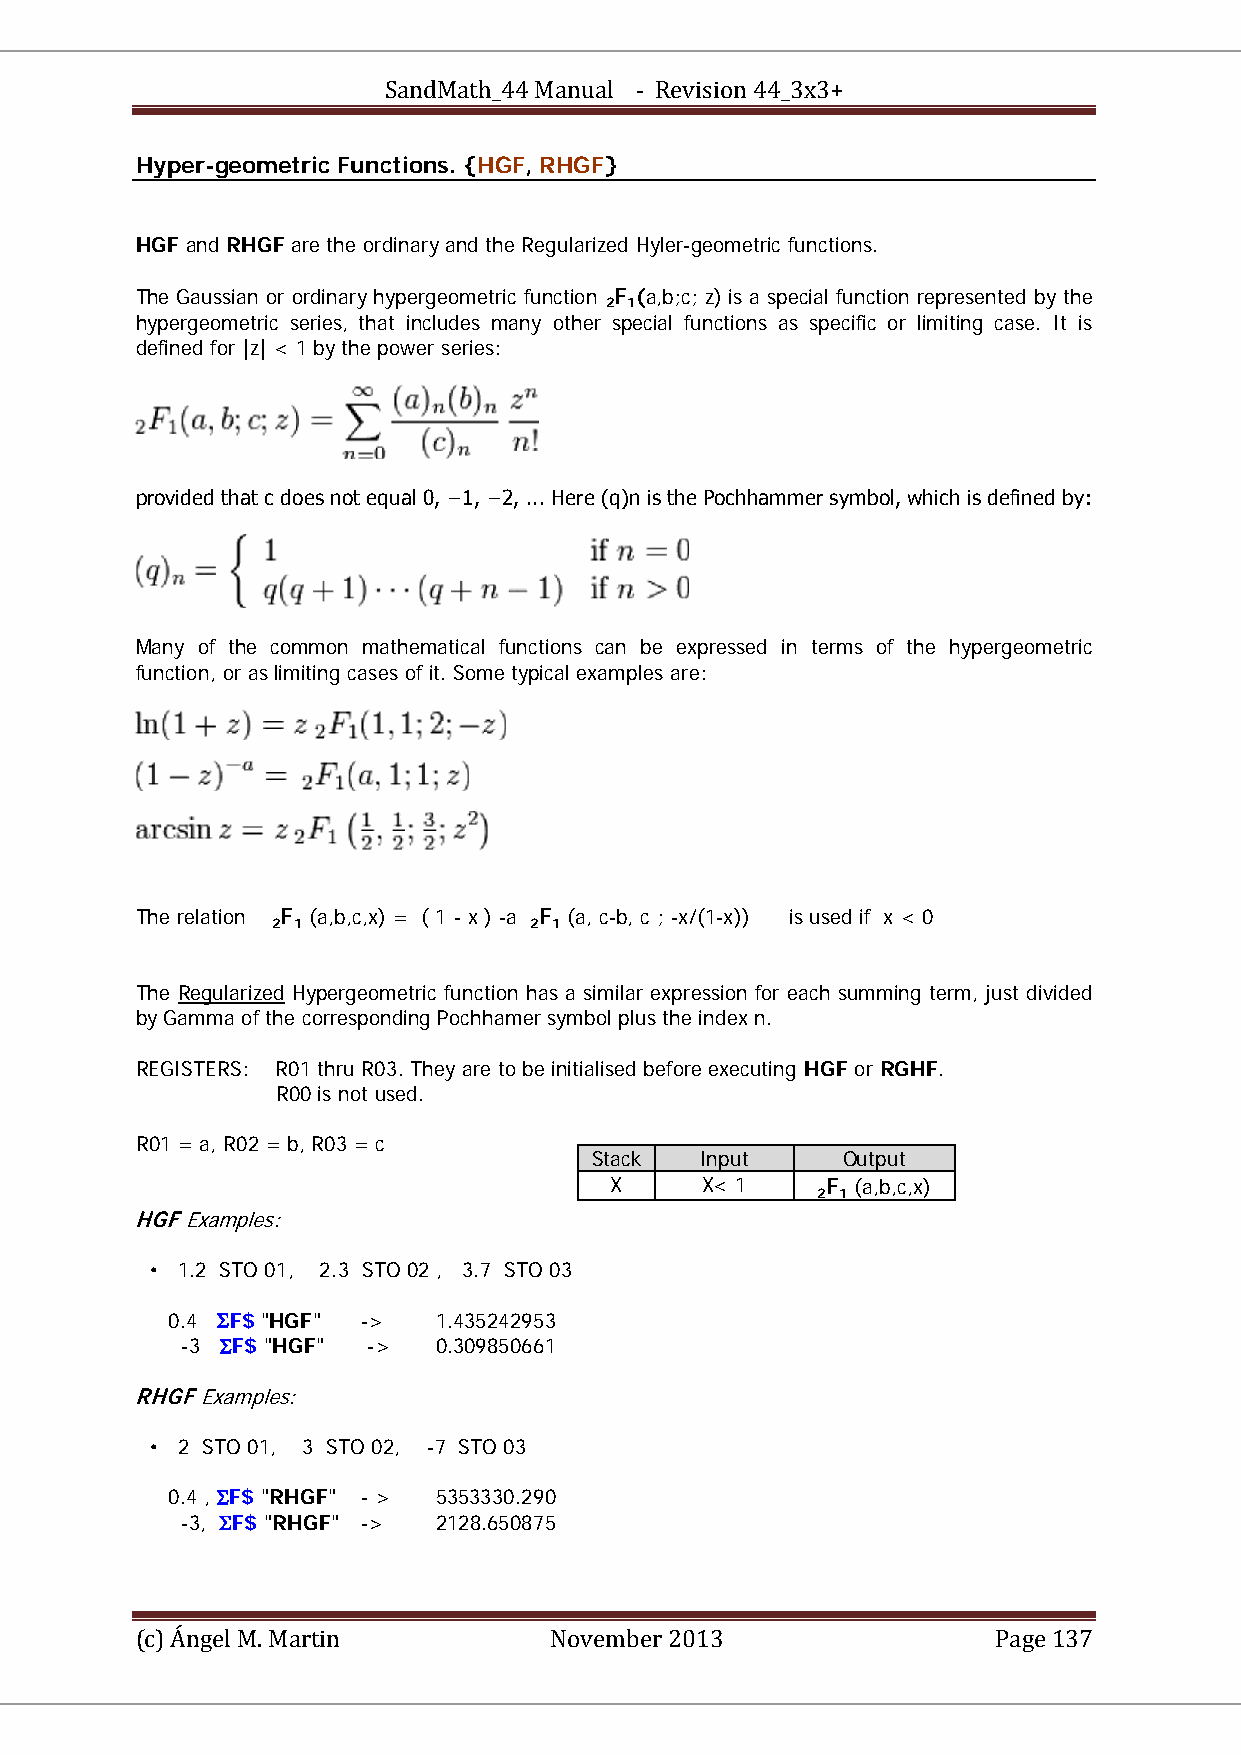
SandMath_44 Manual - Revision 44_3x3+
 Hyper-geometric Functions. {HGF, RHGF}
 HGF and RHGF are the ordinary and the Regularized Hyler-geometric functions.
 The Gaussian or ordinary hypergeometric function F (a,b;c; z) is a special function represented by the
 BB2BB BB1BB
 hypergeometric series, that includes many other special functions as specific or limiting case. It is
 defined for |z| < 1 by the power series:
 provided that c does not equal 0, −1, −2, ... Here (q)n is the Pochhammer symbol, which is defined by:
 Many of the common mathematical functions can be expressed in terms of the hypergeometric
 function, or as limiting cases of it. Some typical examples are:
 The relation F (a,b,c,x) = ( 1 - x ) -a F (a, c-b, c ; -x/(1-x)) is used if x < 0
 BB2BB BB1BB      BB2BB BB1BB
 The Regularized Hypergeometric function has a similar expression for each summing term, just divided
 U      U
 by Gamma of the corresponding Pochhamer symbol plus the index n.
 REGISTERS: R01 thru R03. They are to be initialised before executing HGF or RGHF.
 R00 is not used.
 R01 = a, R02 = b, R03 = c
 Stack  Input     Output
 X     X< 1     F (a,b,c,x)
 BB2BB BB1BB
 HGF Examples:
 • 1.2 STO 01, 2.3 STO 02 , 3.7 STO 03
 0.4 ΣF$ "HGF" ->  1.435242953
 -3 ΣF$ "HGF" ->  0.309850661
 RHGF Examples:
 • 2 STO 01, 3 STO 02, -7 STO 03
 0.4 , ΣF$ "RHGF" - > 5353330.290
 -3, ΣF$ "RHGF" -> 2128.650875
 (c) Ángel M. Martin        November 2013                 Page 137